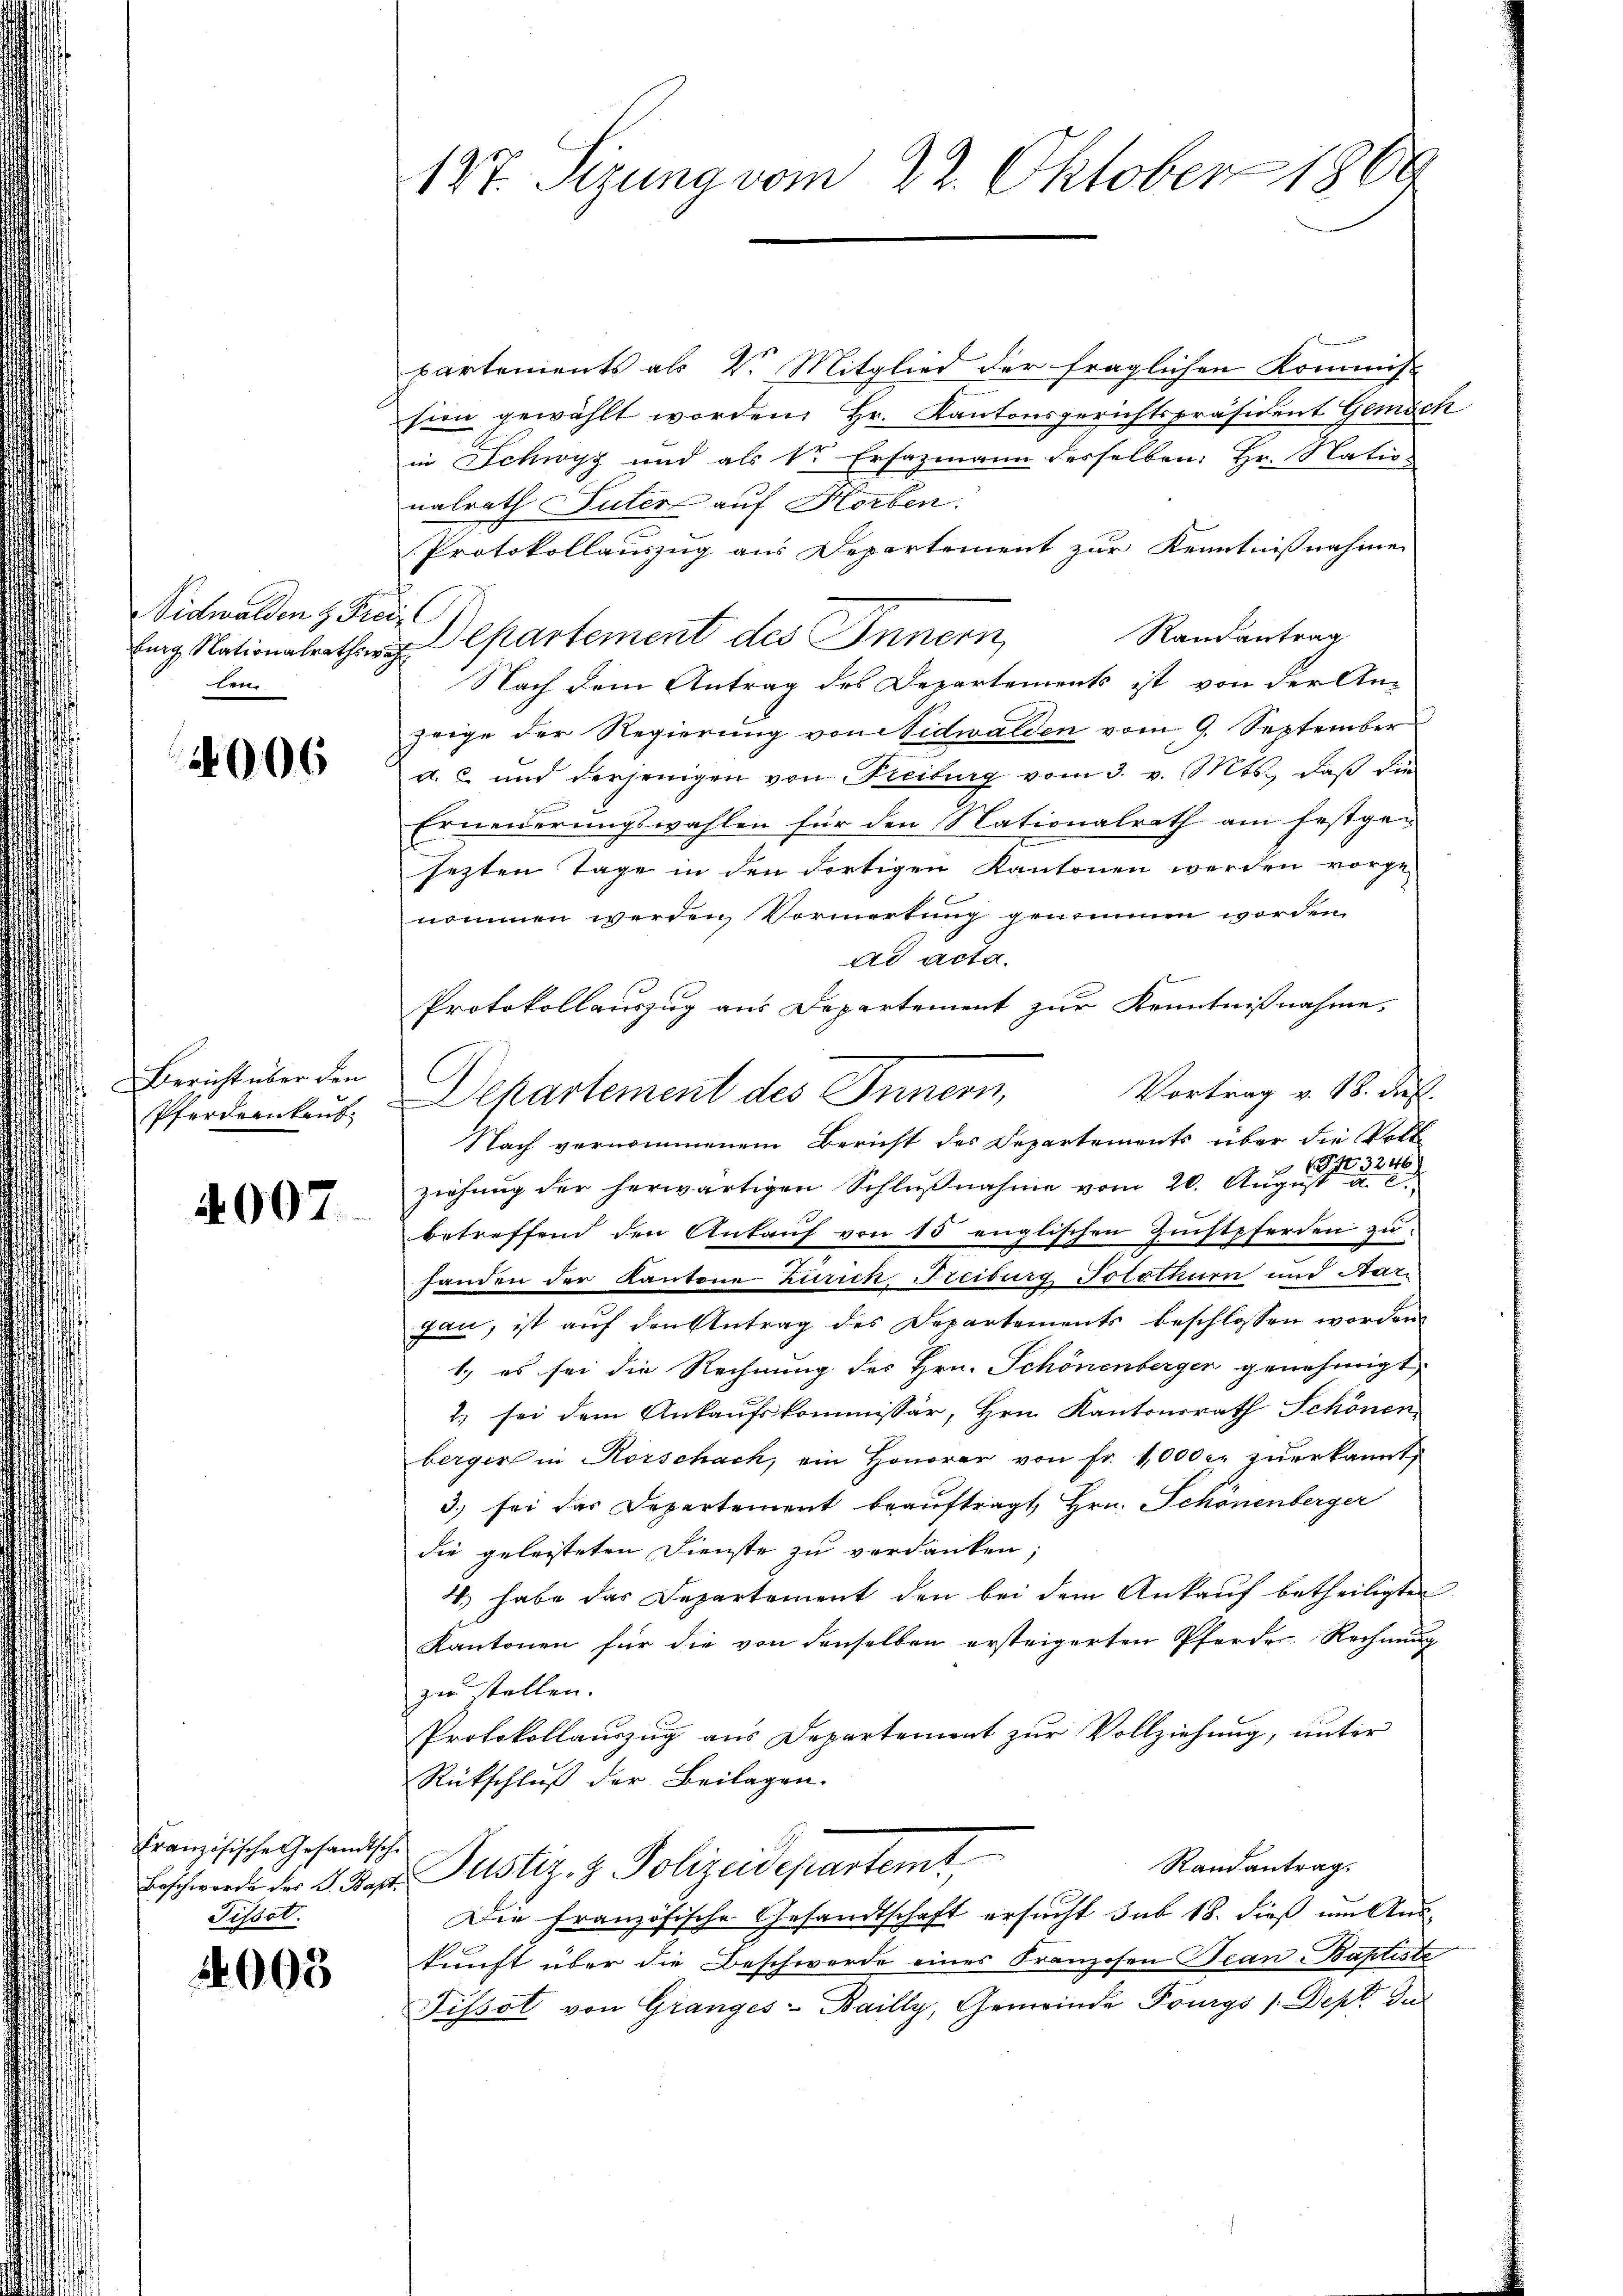
Vidwalden H. Fre
en

4006

Bericht über den

4007.

Französische Gesandtsche
Tissot.

4003

127. Sizung vom 22. Oktober 1866
7

partements als V. Mitglied der fraglichen Kommis
sion gewählt worden, Hr. Kantonsgerichtspräsident Gemäch
in Schwyz und als dr Ersazmann desselben: Hr. Natio
nalrath Suter auf Horben.
Protokollauszug aus Departement zur Kenntnisnahme
h
Randantrag
Eig Nationalrathes partement des Innern,
Nach dem Antrag des Departements ist von der An-
zeige der Regierung von Nidwalden vom 9. September
a. u. und derjenigen von Freiburg vom 3. v. Mts. daβ die
Erneuerungswahlen für den Nationalrath am festgesezten Tage in den dortigen Kantonen werden vorgenommen werden, Vormerkung genommen worden.
ad acta.

Protokollauszug aus Departement zur Kenntnißnahme,
C
Vortrag v. 18. Jul.
Pferdernhaus Departement des Innern,
Nach vernommenem Bericht des Departements über die Voll
ziehung der herwärtigen Schlußnahme vom 20. August
betreffend den Ankaŭf von 15 englischen Zŭchtpferden zu
handen der Kantone Zürich Freiburg Solothurn und Mari
gal, ist auf den Antrag des Departements beschlossen worden
1.) es sei die Rechnung des Hrn. Schönenbergen genehmigt
2) sei dem Ankaufskommissär, Hrn. Kantonsrath Schönen
berger in Rorschach, ein Honorar von Fr. 1000 c. zuerkannt,
3.) sei das Departement beauftragt Hrn. Schönenberger
die geleisteten Dienste zu verdanken;
4.) habe das Departement den bei dem Ankauf betheiligten
Kantonen für die von denselben ersteigerten Pferde. Rechnung
zu stellen.
Protokollauszug aus Departement zur Vollziehung, unter
Rückschluß der Beilagen.
Randantrag.
Beschwende der L. Dez. Justiz- & Polizeidepartemt
Die französische Gesandtschaft ersucht sub 18. dieß um Aus-
kunft über die Beschwerde eines Franzosen Bean-Baptiste
Tissot von Granges-Bailly, Gemeinde Fourgs /:Dept dur